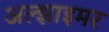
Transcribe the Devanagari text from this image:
अल्‍झाइमर